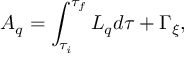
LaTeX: A _ { q } = \int _ { \tau _ { i } } ^ { \tau _ { f } } L _ { q } d \tau + \Gamma _ { \xi } ,